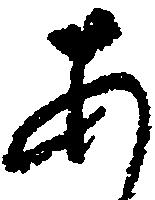
あ